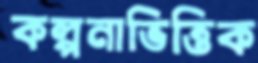
কল্পনাভিত্তিক